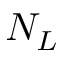
N _ { L }